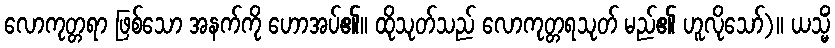
လောကုတ္တရာ ဖြစ်သော အနက်ကို ဟောအပ်၏။ ထိုသုတ်သည် လောကုတ္တရသုတ် မည်၏ ဟူလိုသော်)။ ယသ္မိံ